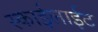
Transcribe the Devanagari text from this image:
स्काईलाईट